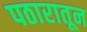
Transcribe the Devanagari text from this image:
पठारातून